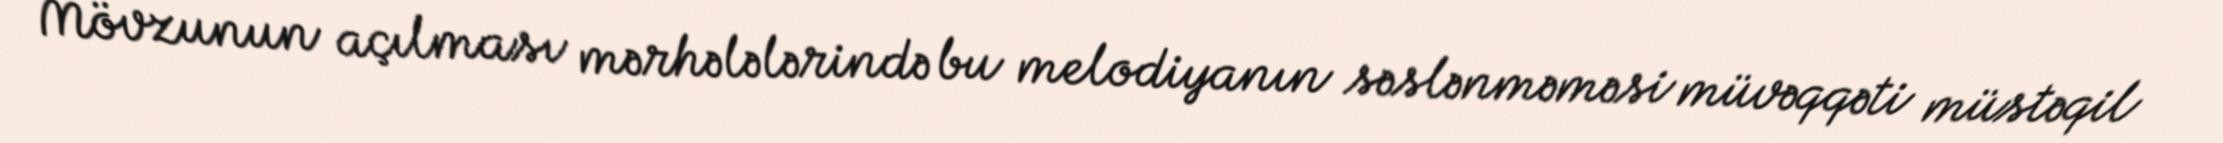
Mövzunun açılması mərhələlərində bu melodiyanın səslənməməsi müvəqqəti müstəqil